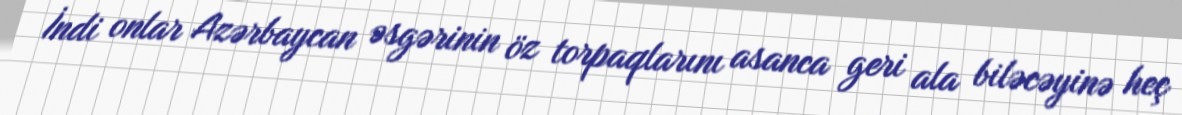
İndi onlar Azərbaycan əsgərinin öz torpaqlarını asanca geri ala biləcəyinə heç